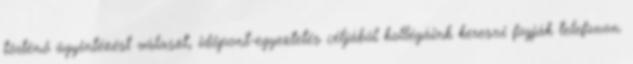
történő ügyintézést választ, időpont-egyeztetés céljából kollégáink keresni fogják telefonon.